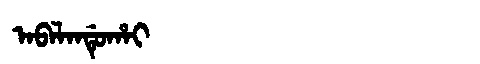
Manchu: ᠠᠪᠠᠯᠠᠨᡩᡠᡥᠠᡳ
Romanization: ABALANDUHAI